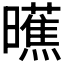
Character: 𬁞